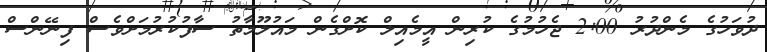
ދުވަހުގެ މެންދުރު 2:00 ޖެހުމުގެ ކުރިން އީމެއިލް ކޮށްގެން މައުލޫމާތު ސާފުކުރުމަށްވެސް ފިނޭންސް